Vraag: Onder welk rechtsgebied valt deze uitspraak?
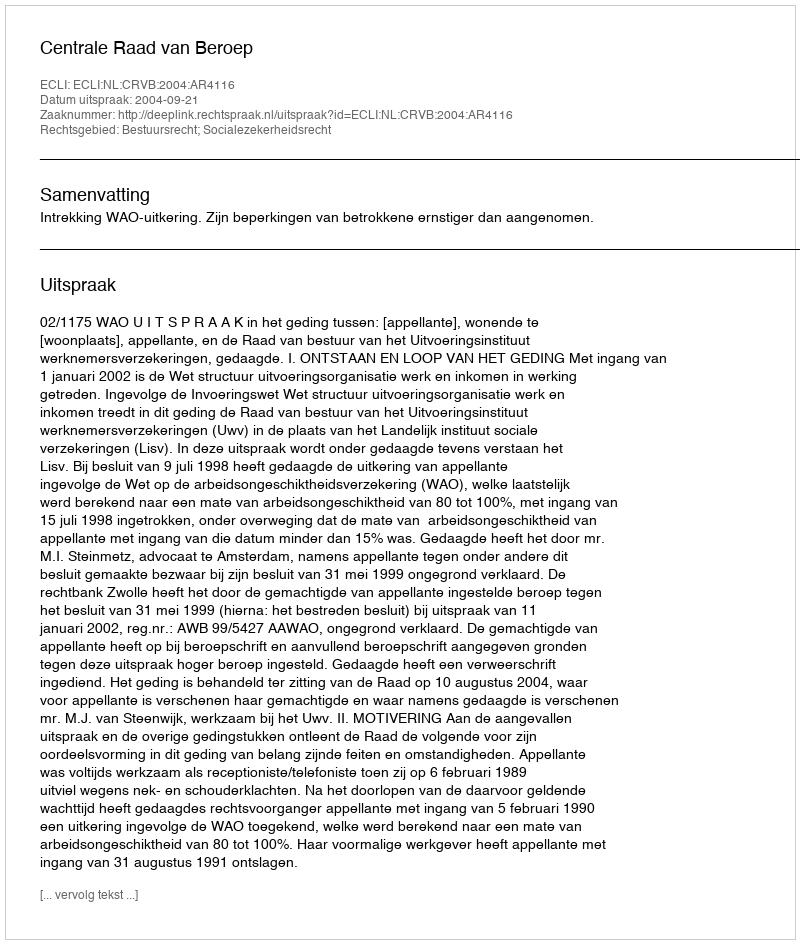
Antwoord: Bestuursrecht; Socialezekerheidsrecht